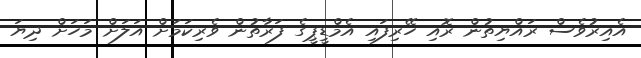
އެއިރުވެސް ރައްޔިތުން ރޮއި ހޭރިފައި އެމްޑީޕީގެ ފަރާތުން ވެރިކަމަށް އަލަށް މަހަށް ދިޔަ